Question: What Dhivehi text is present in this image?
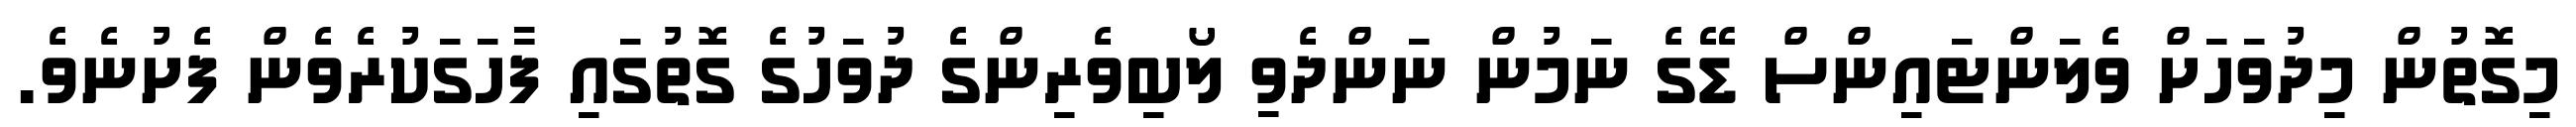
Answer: މިގޮތުން މިދުވަހަށް ވެލަންޓައިންސް ޑޭގެ ނަމުން ނަންދެވި ލޯބިވެރިންގެ ދުވަހުގެ ގޮތުގައި ފާހަގަކުރެވެން ފެށުނެވެ.